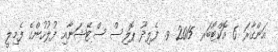
އަންގާރަ 6 އޮކްޓޯބަރ 2015 ވ. ފެލިދޫ ޕޮލިސް ސްޓޭޝަނާއި ފުލުހުންގެ ފެމިލީ